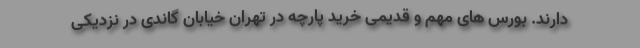
دارند. بورس های مهم و قدیمی خرید پارچه در تهران خیابان گاندی در نزدیکی